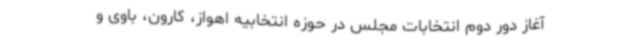
آغاز دور دوم انتخابات مجلس در حوزه انتخابیه اهواز، کارون، باوی و